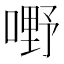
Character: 嘢